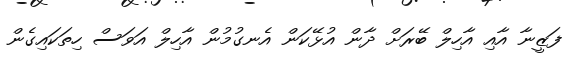
ފަޒީނާ އާއި އާހިލް ބޭރަށް ދާން އުޅޭކަން އެނގުމުން އާހިލް އަވަސް ހިތަކައިގެން